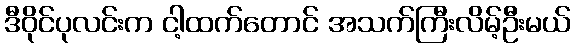
ဒီဝိုင်ပုလင်းက ငါ့ထက်တောင် အသက်ကြီးလိမ့်ဦးမယ်